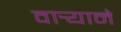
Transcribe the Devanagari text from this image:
वार्‍याने